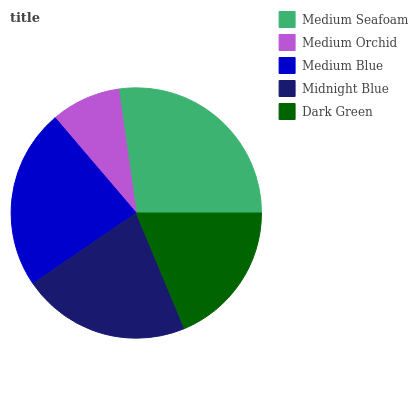
| Medium Seafoam | Medium Orchid | Medium Blue | Midnight Blue | Dark Green |
 | --- | --- | --- | --- | --- |
 | 27.2% | 8.98% | 23.2% | 21.8% | 18.8% |